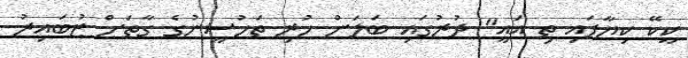
ކީކޭ ކިޔާފައި ތި އައީ" ދުރުގައި ބަލަން ހުރި ތަހުސީނުގެ ގާތަށް ޒުބައިރު